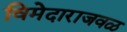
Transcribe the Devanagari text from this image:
विमेदाराजवळ